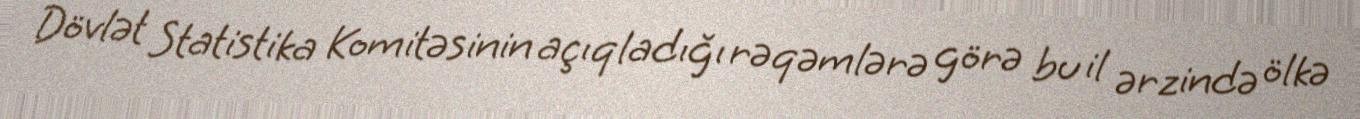
Dövlət Statistika Komitəsinin açıqladığı rəqəmlərə görə bu il ərzində ölkə